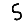
Digit: 5